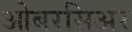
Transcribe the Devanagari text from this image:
ओबरसिअर